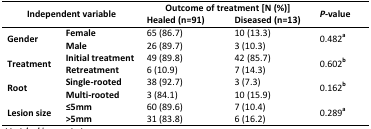
<table><thead><tr><td colspan="2"><b>Independent variable</b></td><td colspan="2"><b>Outcome of treatment [N (%)]</b></td><td rowspan="2"><b><i>P</i>-value</b></td></tr><tr><td colspan="2"></td><td><b>Healed (n=91)</b></td><td><b>Diseased (n=13)</b></td></tr></thead><tbody><tr><td rowspan="2"><b>Gender</b></td><td><b>Female</b></td><td>65 (86.7)</td><td>10 (13.3)</td><td rowspan="2">0.482a</td></tr><tr><td><b>Male</b></td><td>26 (89.7)</td><td>3 (10.3)</td></tr><tr><td rowspan="2"><b>Treatment</b></td><td><b>Initial treatment</b></td><td>49 (89.8)</td><td>42 (85.7)</td><td rowspan="2">0.602b</td></tr><tr><td><b>Retreatment</b></td><td>6 (10.9)</td><td>7 (14.3)</td></tr><tr><td rowspan="2"><b>Root</b></td><td><b>Single-rooted</b></td><td>38 (92.7)</td><td>3 (7.3)</td><td rowspan="2">0.162b</td></tr><tr><td><b>Multi-rooted</b></td><td>3 (84.1)</td><td>10 (15.9)</td></tr><tr><td rowspan="2"><b>Lesion size</b></td><td><b>≤5mm</b></td><td>60 (89.6)</td><td>7 (10.4)</td><td rowspan="2">0.289a</td></tr><tr><td><b>&gt;5mm</b></td><td>31 (83.8)</td><td>6 (16.2)</td></tr></tbody></table>